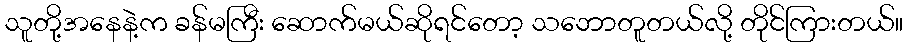
သူတို့အနေနဲ့က ခန်မကြီး ဆောက်မယ်ဆိုရင်တော့ သဘောတူတယ်လို့ တိုင်ကြားတယ်။